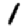
Digit: 1